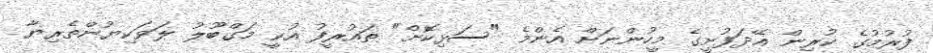
ފުރުމުގެ ކުރިން އޭދަފުށީގެ މީހުންނަށް އެންމެ "ސަޅިކޮށް" ތައުރީފު އުކީ މަގްބޫލު ލަވަކިޔުންތެރިޔާ